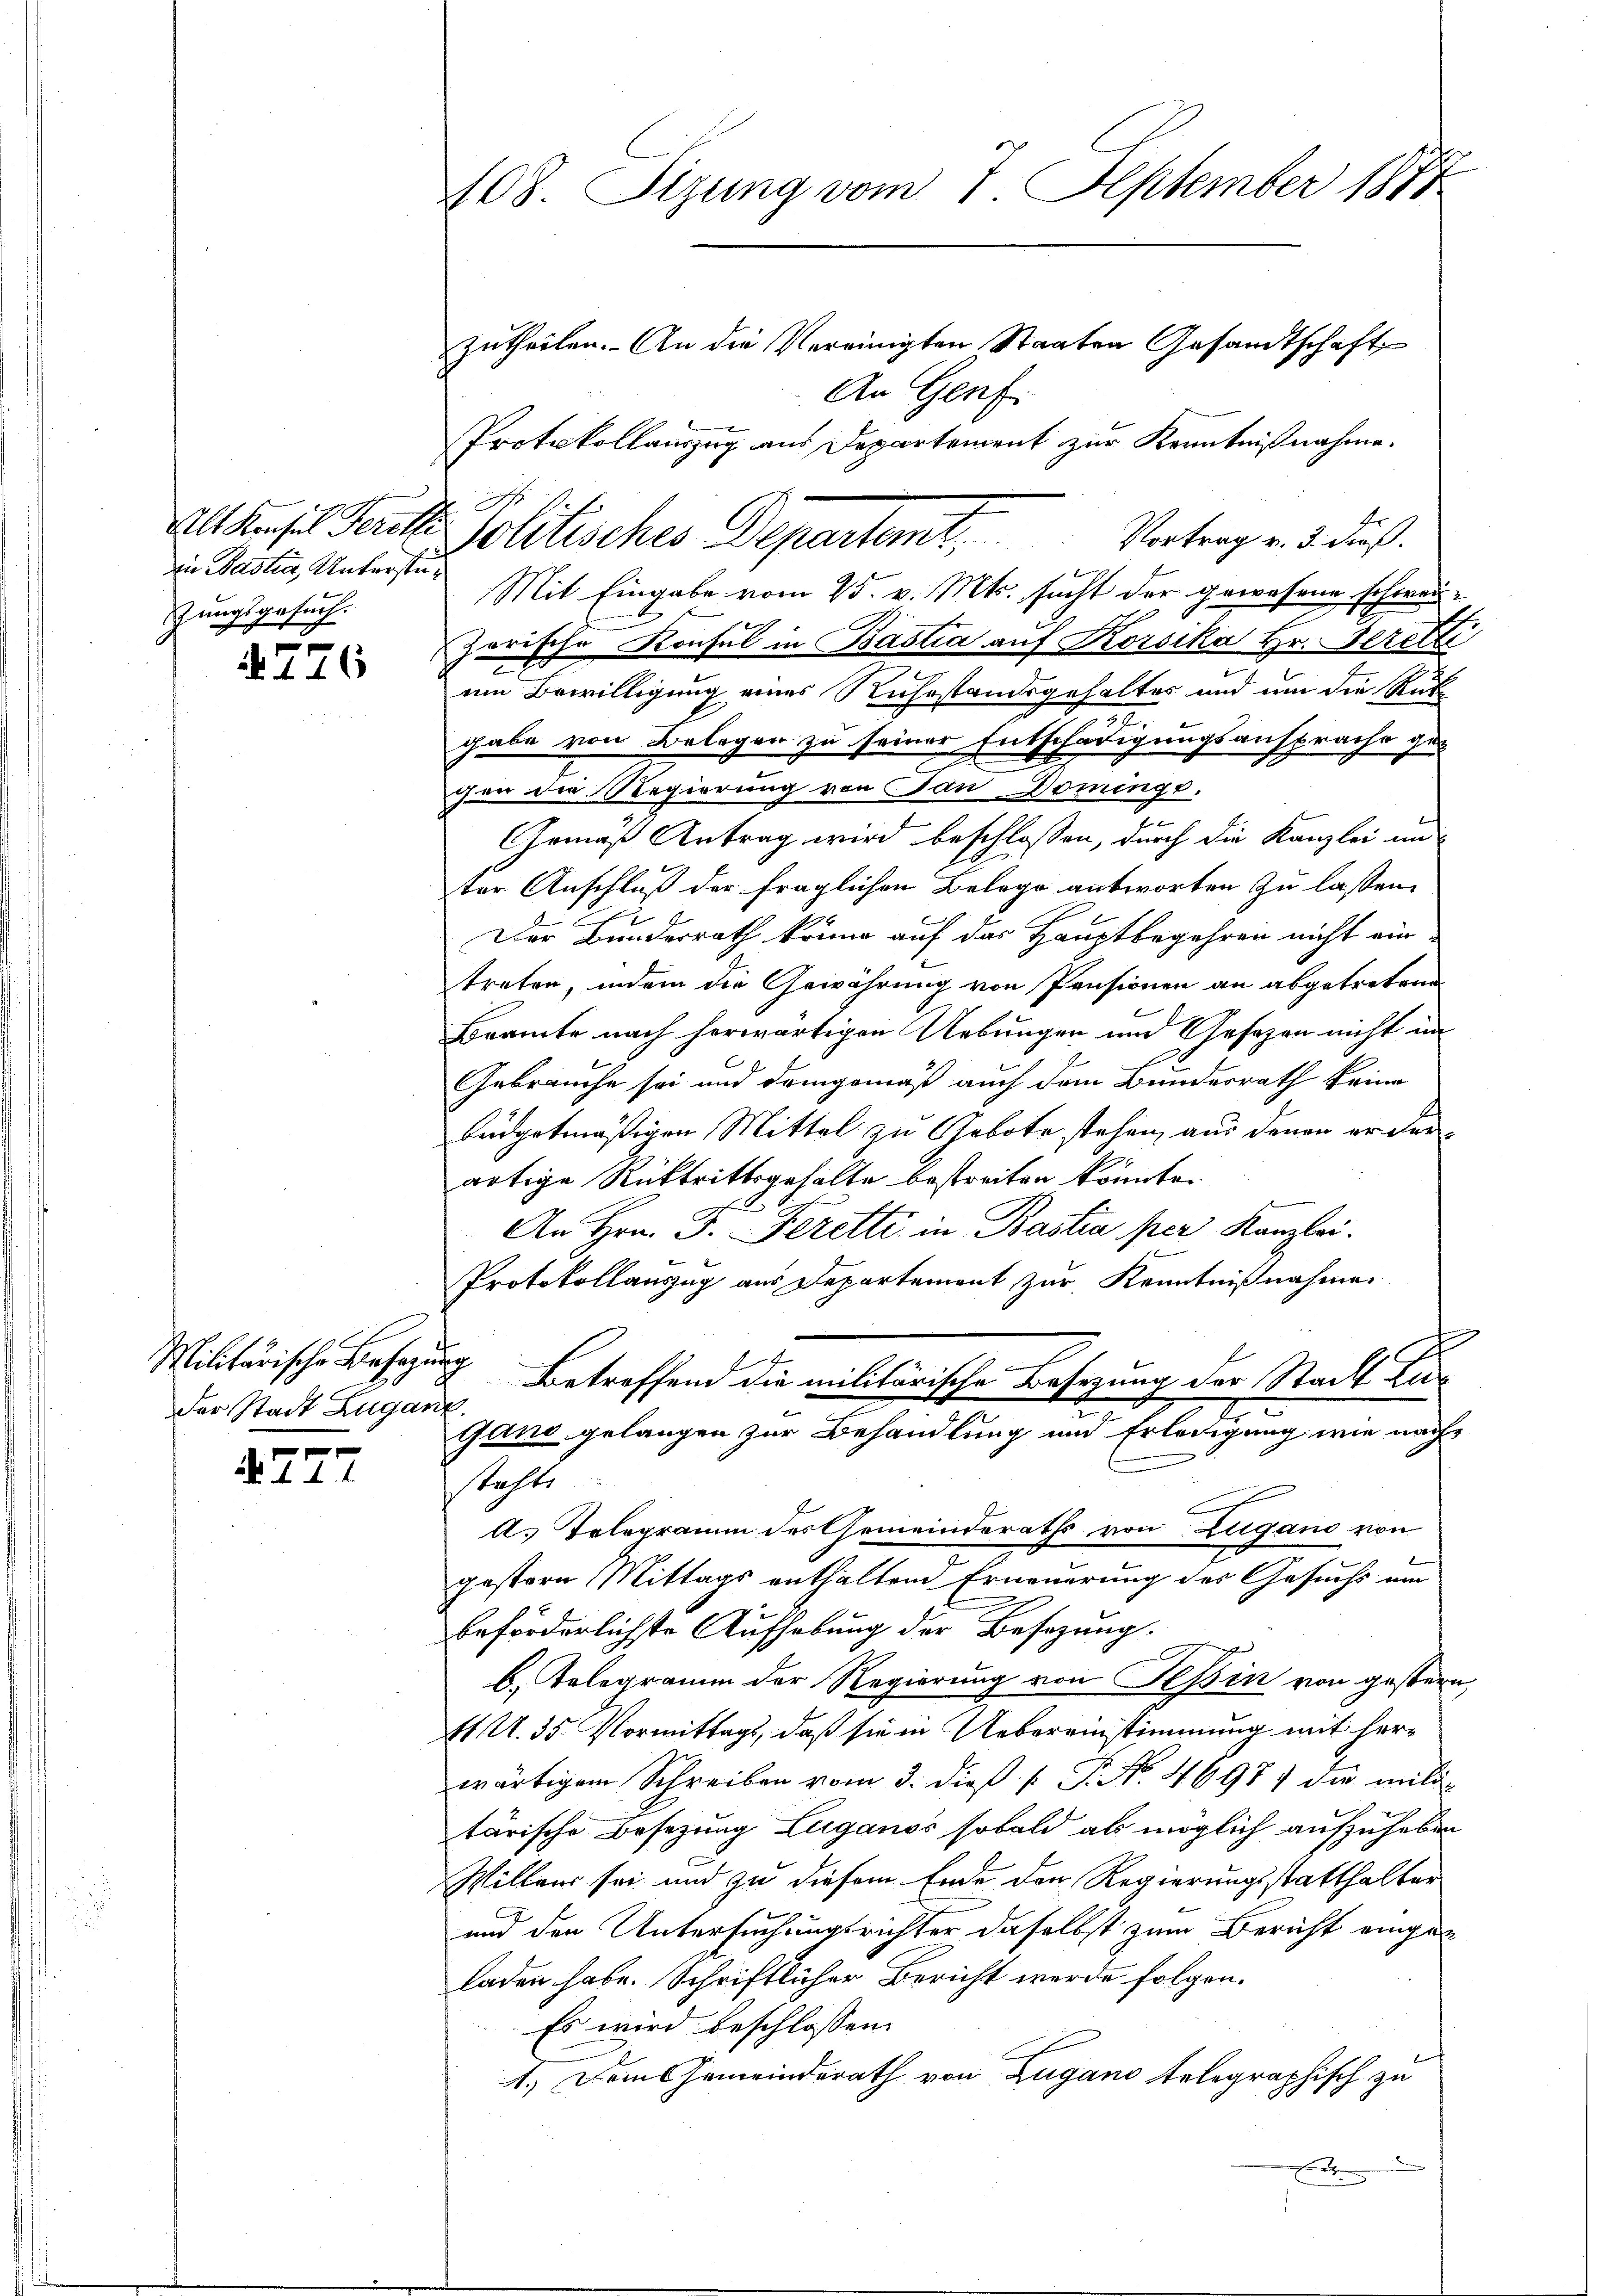
in Bastia, Unterstüzungsgesuch.
F

4776

Militärische Besazun
der Stadt Zugan

f. 4

408. Sizung vom 7. September 1874
zutheilen. An die Vereinigten Staaten Gesandtschaft
An Genf.

h
zarische Konsul in Bastia auf Korsika Hr. Bretti
f
um Bewilligung eines Ruhestandsgehaltes und um die Rück-
gabe von Belegen zu seiner Entschädigungsansprache ge-
chen die Regierung von San Dominge.
Gemäß Antrag wird beschlossen, durch die Kanzlei un
ter Anschluß der fraglichen Belege antworten zu lassen.
Der Bundesrath könne auf das Hauptbegehren nicht ein
treten, indem die Gewährung von Pensionen an abgetretene
Beamte nach herwärtigen Uebungen und Gesezen nicht im
Gebrauche sei und demgemäß auch dem Bundesrath keine
büdgetmäßigen Mittel zu Gebote stehen, aus denen er derartige Rücktrittsgehalte bestreiten könnte.
An Hrn. J. Feretti in Bastia per Kanzlei.
Protokollauszug aus Departement zur Kenntnißnahme
e
n
Betreffend die militärische Besetzung der Stadt Zür
i
gand gelangen zur Behandlung und Erledigung wie nachstachte
x
A. Telegramm des Gemeinderaths von Zugano von
gestern Mittags enthaltend Erneuerung des Gesuchs um
beförderlichste Aufhebung der Besizung.
b. Telegramm der Regierung von Tessin von gestern,
ft U. 35. Vormittags, daß sie in Uebereinstimmung mit herwärtigem Schreiben vom 3. dieβ  P. Nr. 4697) die mili-
tärische Besetzung Luganos sobald als möglich aufzuheben
Willens sei und zu diesem Ende der Regierungsstatthalter
und den Untersuchungsrichter daselbst zum Bericht eingeladen habe. Schriftlicher Bericht werde folgen.
Es wird beschlossen:
1.) Dem Gemeindsrath von Zugano telegraphisch zu
x

Protokollauszug aus Departement zur Kenntnißnahme.

Altauses Ferie Politisches Departemt. Vertrag v. 3. dieß
Mit Eingabe vom 25. v. Mts. sucht der gewesene schwei¬